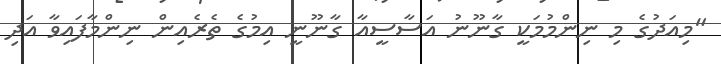
"މިއަދުގެ މި ނިންމުމަކީ ގާނޫނު އަސާސީއާ ގާނޫނީ އިމުގެ ތެރެއިން ނިންމާފައިވާ އަދި